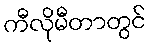
ကီလိုမီတာတွင်